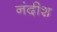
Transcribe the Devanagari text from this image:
नंदीश